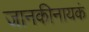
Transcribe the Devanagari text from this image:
जानकीनायकं